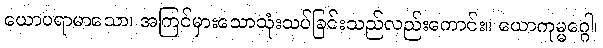
ယောပရာမာသော၊ အကြင်မှားသောသုံးသပ်ခြင်းသည်လည်းကောင်း။ ယောကုမ္မဂ္ဂေါ၊